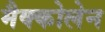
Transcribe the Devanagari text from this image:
मैक्कोलेन